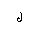
Letter: _lam